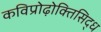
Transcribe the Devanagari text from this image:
कविप्रोढ़ोक्तिसिद्ध